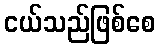
ငယ်သည်ဖြစ်စေ